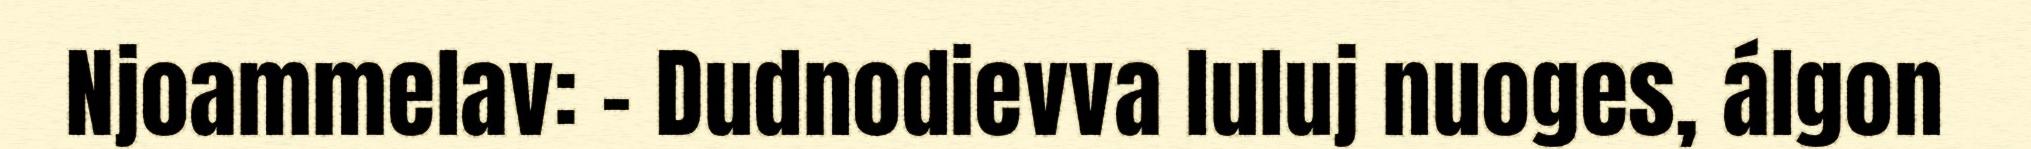
Njoammelav: – Dudnodievva luluj nuoges, álgon